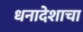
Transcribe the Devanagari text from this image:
धनादेशाचा